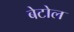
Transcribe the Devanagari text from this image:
बेटोल